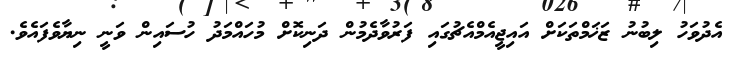
އެދުވަހު ލިބުނު ޒަޚަމްތަކަށް އައިޖީއެމްއެޗުގައި ފަރުވާދެމުން ދަނިކޮށް މުހައްމަދު ހުސައިން ވަނީ ނިޔާވެފައެވެ.